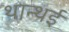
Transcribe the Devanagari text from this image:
थान्थई